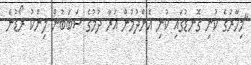
"މިހާރުގެ ކުނި ގޮނޑުގައި ކުނި އެންދުމުން އަރާ ދުމުގެ ސަބަބުން ލިންކު ރޯޑުން